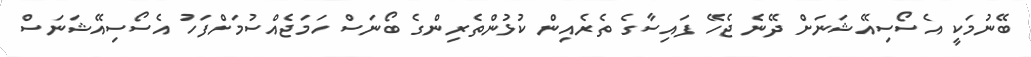
ބޭނުމަކީ އެސޯސިއޭޝަނަށް ދޭނެ ޖެހޭ ފައިސާގެ ތެރެއިން ކުޅުންތެރިންގެ ބޯނަސް ހަމަޖެއްސުމަށްފަހު އެސޯސިއޭޝަނަސް